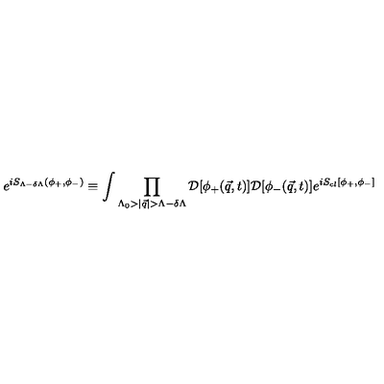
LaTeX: e ^ { i S _ { \Lambda - \delta \Lambda } ( \phi _ { + } , \phi _ { - } ) } \equiv \int \prod _ { \Lambda _ { 0 } > | { \vec { q } } | > \Lambda - \delta \Lambda } { \cal D } [ \phi _ { + } ( { \vec { q } } , t ) ] { \cal D } [ \phi _ { - } ( { \vec { q } } , t ) ] e ^ { i S _ { c l } [ \phi _ { + } , \phi _ { - } ] }